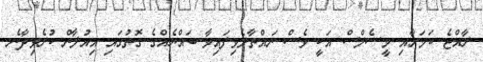
ރާއްޖެ ކަމަށާއި މީސެލްސް އަކީ ވެސް ނައްތާލެވިފައިވާ ބައްޔެއްގެ ގޮތުގައި އިއުލާން ކުރެވިދާނެ